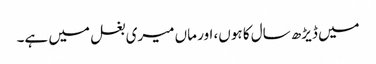
میں ڈیڑھ سال کا ہوں، اور ماں میری بغل میں ہے۔